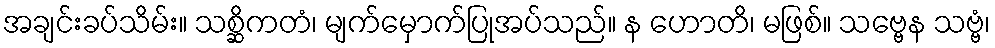
အချင်းခပ်သိမ်း။ သစ္ဆိကတံ၊ မျက်မှောက်ပြုအပ်သည်။ န ဟောတိ၊ မဖြစ်။ သဗ္ဗေန သဗ္ဗံ၊